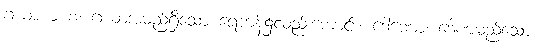
ဂယာယ စ၊ ဂယာအမည်ရှိသော ရေကန်၌လည်းကောင်း။ ဒေါဏော၊ ဒေါဏမည်သော